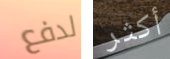
لدفع أكثر